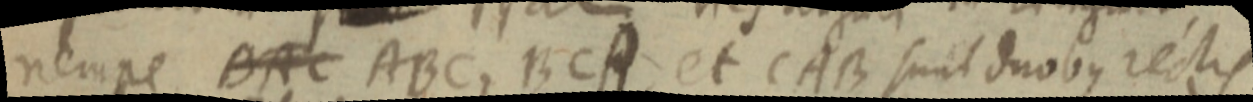
nempe BAC ABC, BCA et CAB suit duobus rectis